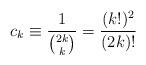
LaTeX: \begin{align*} c_k \equiv \frac{1}{\binom{2k}{k}} = \frac{(k!)^2}{(2k)!}\end{align*}